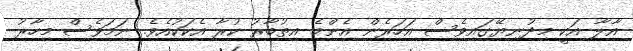
އާލާ އަކީ މިދުނިޔޭގައިވެސް އަހަރެން އެންމެ އިތުބާރު ކުރާ އެކަކުއެވެ. ނަމަވެސް މިހާރު